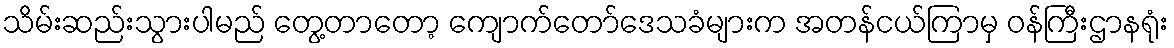
သိမ်းဆည်းသွားပါမည် တွေ့တာတော့ ကျောက်တော်ဒေသခံများက အတန်ငယ်ကြာမှ ဝန်ကြီးဌာနရုံး